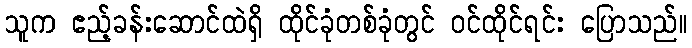
သူက ဧည့်ခန်းဆောင်ထဲရှိ ထိုင်ခုံတစ်ခုံတွင် ဝင်ထိုင်ရင်း ပြောသည်။